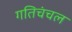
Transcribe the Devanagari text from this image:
गतिचंचल